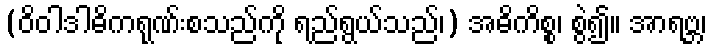
(ဝိဝါဒါဓိကရုဏ်းစသည်ကို ရည်ရွယ်သည်၊) အဓိကိစ္စ၊ စွဲ၍။ အာရဗ္ဘ၊